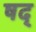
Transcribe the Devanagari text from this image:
षद्